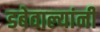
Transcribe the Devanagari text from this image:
डबेवाल्यांनी